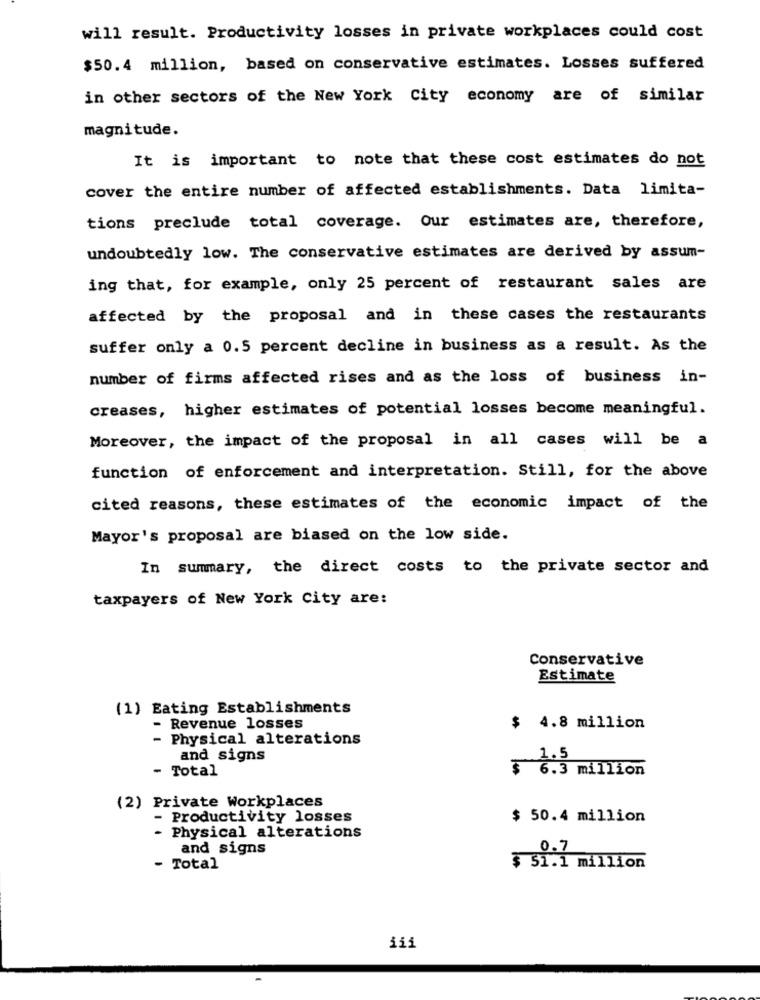
will result. Productivity losses in private workplaces could cost
$50.4 million, based on conservative estimates. Losses suffered
in other sectors of the New York City economy are of similar
magnitude.
It is important to note that these cost estimates do not
cover the entire number of affected establishments. Data limita-
tions preclude total coverage. Our estimates are, therefore,
undoubtedly low. The conservative estimates are derived by assum-
ing that, for example, only 25 percent of restaurant sales are
affected by the proposal and in these cases the restaurants
suffer only a 0.5 percent decline in business as a result. As the
number of firms affected rises and as the loss of business in-
creases, higher estimates of potential losses become meaningful.
Moreover, the impact of the proposal in all cases will be a
function of enforcement and interpretation. Still, for the above
cited reasons, these estimates of the economic impact of the
Mayor's proposal are biased on the low side.
In summary, the direct costs to the private sector and
taxpayers of New York City are:
Conservative
Estimate
(1) Eating Establishments
Revenue losses
$ 4.8 million
- Physical alterations
and signs
1.5
- Total
$ 6.3 million
(2) Private Workplaces
Productivity losses
$ 50.4 million
- Physical alterations
and signs
0.7
- Total
$ 51.1 million